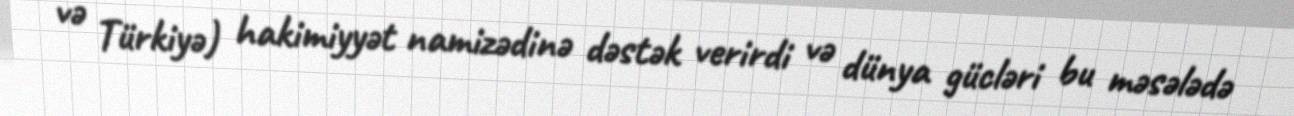
və Türkiyə) hakimiyyət namizədinə dəstək verirdi və dünya gücləri bu məsələdə